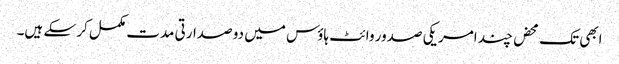
ابھی تک محض چند امریکی صدور وائٹ ہاؤس میں دو صدارتی مدت مکمل کر سکے ہیں۔